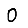
Digit: 0